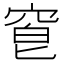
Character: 𥦒